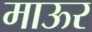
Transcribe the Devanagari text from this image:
माऊर